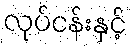
လုပ်ငန်းနှင့်